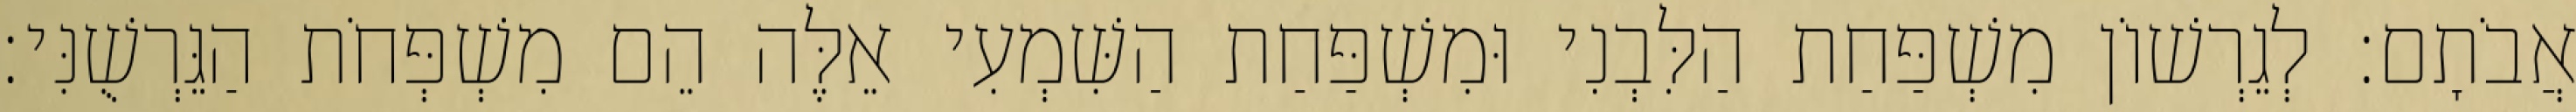
אֲבֹתָם׃ לְגֵרְשׁוֹן מִשְׁפַּחַת הַלִּבְנִי וּמִשְׁפַּחַת הַשִּׁמְעִי אֵלֶּה הֵם מִשְׁפְּחֹת הַגֵּרְשֻׁנִּי׃